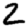
Digit: 2